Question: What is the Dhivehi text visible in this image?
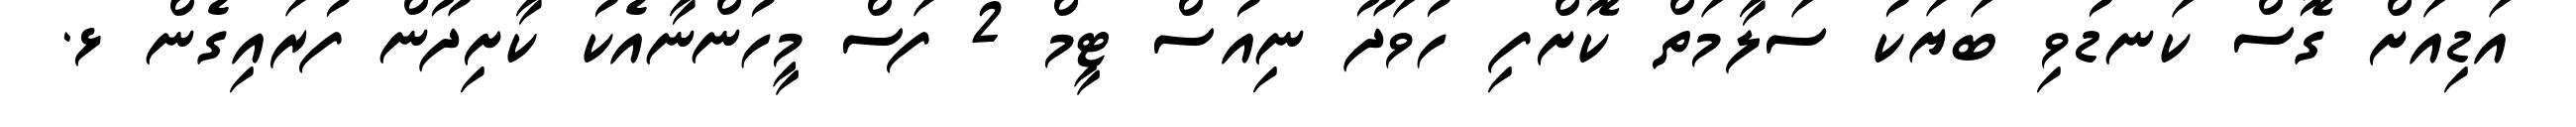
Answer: އަޑިއަށް ގޮސް ކަނޑުވި ބަޔަކު ސަލާމަތް ކޮށްފި ހުވަދޫ ނިއުސް ޓީމް 2 ފަސް މީހުންނާއެކު ކާށިދޫން ފުރައިގެން ޅ.